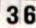
36